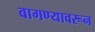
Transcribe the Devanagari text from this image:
वागण्यावरून